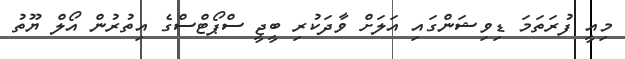
މިއީ ފުރަތަމަ ޑިވިޝަންގައި އަލަށް ވާދަކުރި ބީޖީ ސްޕޯޓްސްގެ އިތުރުން އޯލް ޔޫތު